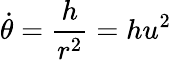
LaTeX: {\dot{\theta}}={\frac{h}{r^{2}}}=hu^{2}